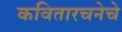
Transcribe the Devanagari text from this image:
कवितारचनेचे